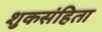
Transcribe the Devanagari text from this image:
शुकसंहिता